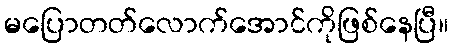
မပြောတတ်လောက်အောင်ကိုဖြစ်နေပြီ။